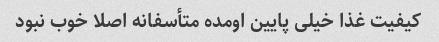
کیفیت غذا خیلی پایین اومده متأسفانه اصلا خوب نبود